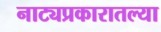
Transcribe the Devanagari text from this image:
नाट्यप्रकारातल्या